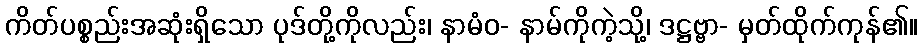
ကိတ်ပစ္စည်းအဆုံးရှိသော ပုဒ်တို့ကိုလည်း၊ နာမံဝ- နာမ်ကိုကဲ့သို့၊ ဒဋ္ဌဗ္ဗာ- မှတ်ထိုက်ကုန်၏။